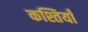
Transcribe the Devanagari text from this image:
कश्तियाँ